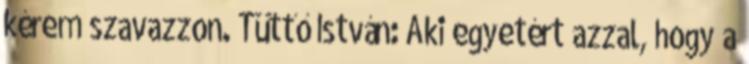
kérem szavazzon. Tüttő István: Aki egyetért azzal, hogy a